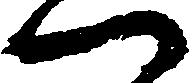
一